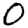
Digit: 0